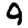
Digit: 9